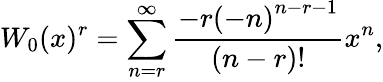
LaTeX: W_{0}(x)^{r}=\sum_{n=r}^{\infty}{\frac{-r\left(-n\right)^{n-r-1}}{(n-r)!}}x^{n},